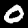
Label: 0